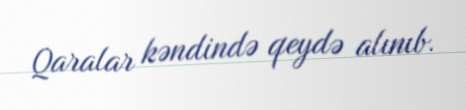
Qaralar kəndində qeydə alınıb.